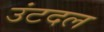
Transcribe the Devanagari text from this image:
उंटदल